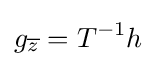
\displaystyle g_{\overline {z}}=T^{-1}h